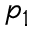
p _ { 1 }